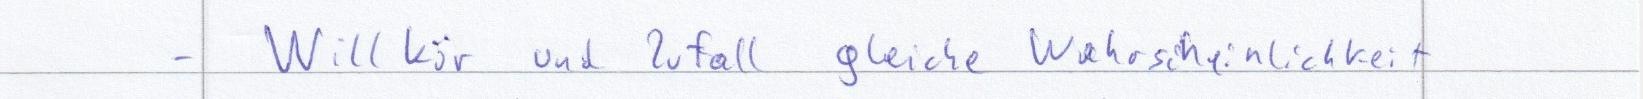
- Willkür und Zufall gleiche Wahrscheinlichkeit